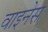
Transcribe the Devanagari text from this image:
वाइनेस